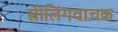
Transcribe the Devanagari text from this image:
स्त्रीलिंगवाचक